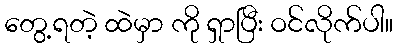
တွေ့ရတဲ့ ထဲမှာ ကို ရှာပြီး ဝင်လိုက်ပါ။